King Institute of Preventive Medicine Micro-Biological Section reports 1912-19
Year: 1912
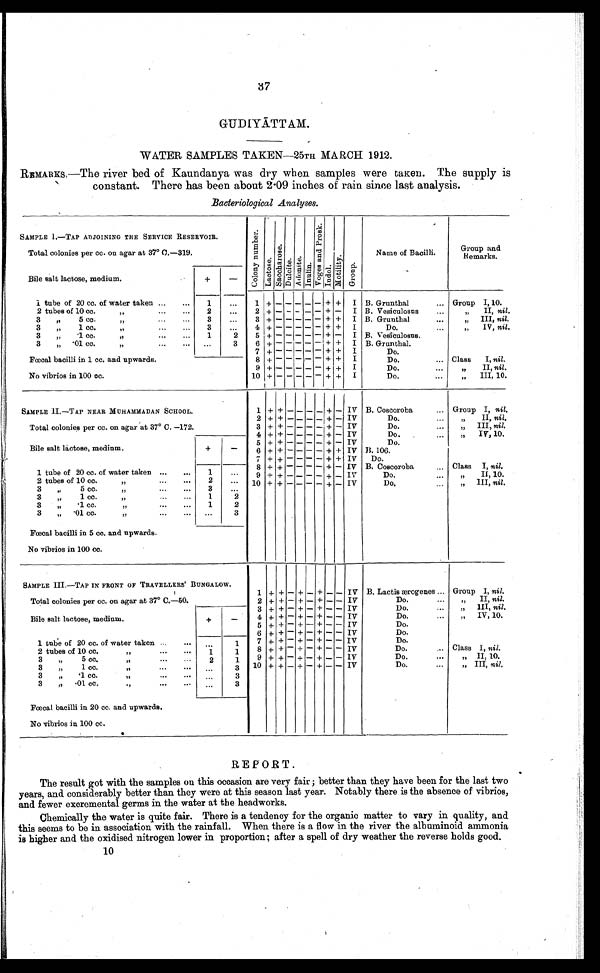
37
GUDIYĀ TTAM.
WATER SAMPLES TAKEN—25TH MARCH 1912.
REMARKS—The river bed of Kaundanya was dry when samples were taken. The supply is
constant. There has been about 2.09 inches of rain since last analysis.
Bacteriological Analyses.
SAMPLE I.—TAP ADJOINING THE SERVICE RESERVOIR.
Col ony numbe r .
La c t os e .
Sa c c ha r os e .
Dulcite.
Ad o n i t e .
Inul i ne.
V o g e s a n d P r o s k .
Indol.
Motility.
Group.
Total colonies per cc. on agar at 37° C.—319.
Name of Bacilli.
Group and
Remarks.
Bile salt lactose, medium.
+
-
1 tube of 20 cc. of water taken ... ...
1 ...
1 + - - - - - + + I B. Grunthal
... Group I, 10.
2 tubes of 10 cc.
„
2
. . .
2 + - - - - - + - I B. Vesiculosus
. ..
„
II, nil.
...
3
,,
5 cc.
,,
...
3
...
3 + - - - + + I B. Grunthal
. . .
„ III, nil.
3
„
1 cc.
„
3
. . .
4 + - - - - - + + I
Do.
...
,, IV, nil.
3
„
'1 cc.
,,
2
5 + - - - - - + - I B. Vesiculosns.
3
„ .1 cc.
„
.
.. ...
1
3
6 + - - - - - + + I B. Grunthal.
3 " .01 cc.
7 + - - - - - + + I
Do.
Fœcal bacilli in 1 cc. and upwards.
8 + - - - - - + + I
Do.
... Class I, nil.
9 + - - - - - + + I
Do....
„
II, nil.
No vibrios in 100 cc.
10 + - - - - - + + I
Do.
...
„
III, 10.
SAMPLE II .—TAP NEAR MUHAMMADAN SCHOOL.
1 + +
-
-
-
- +
- IV B. Coscoroba
... Group I, nil.
2 + + - - - - + - IV
Do.
...
,,
II, nil.
Total colonies per cc. on agar at 37° C. —172.
3 + + - - - - + - IV
Do.
„
III,
nil.
4 + + - - - - + - IV
Do.
. . .
,, IV, 10.
5 + + - - - - + - IV
Do.
Bile salt lactose, medium.
+
-
6 + + - - - - + + IV B. 106.
7 + + - - - - + + IV Do.
8 + + - - - - + - IV B. Coscoroba
... Class I, nil.
1 tube of 20 cc. of water taken ...
...
1
...
9 + + - - - - + - IV
Do.
.. .
, ,
II, 10.
2 tubes of 10 cc,
...
...
„
2
. . . 10 + + - - - - + - IV
Do.
„
III,
nil.
3
„
5 cc.
„
.
..
3
„
1
cc....
...
,,
1
2
3
„
.1 cc.
„
2
3
„ .01 c.c.
„
...
...
. . .
3
Fœcal bacilli in 5 cc. and upwards.
No vibrios in 100 cc.
SAMPLE III.—TAP IN FRONT OF TRAVELLERS' BUNGALOW.
1 + +
- +
- +
-
- IV B. Lactis ærogenes ... Group I, nil.
Total colonies per cc. on agar at 37° C.—50.
2 + + - + - + - - IV
Do.
...
,, II, nil.
3 + + - + - + - - IV
Do.
....
,, III, nil.
Bile salt lactose, medium.
+
-
4 + + - + - + - - IV
Do.
IV, 10.
5 + + - + - + - - IV
Do.
6 + + - + - + - - IV
Do.
1 tube of 20 cc, of water taken ...
...
1
7 + + - + - + - - IV
Do.
2 tubes of 10 cc.
,,
...
...
...
1
1
8 + + - + - + - - IV
Do.
... Class I, nil.
3
,,
5 cc.
,,
...
...
2
1
9 + + - + - + - - IV
Do.
...
„ II, 10.
3
,,
1 cc.
,,
... ... ..,
3 10 + + - + - + - - IV
Do.
...
„
III, nil.
3
„
. 1 c c .
,,
...
...
...
3
3
,, .01 cc. ., ... ...
...
3
Fœcal bacilli in 20 cc. and upwards.
No vibrios in 100 cc.
REPORT.
The result got with the samples on this occasion are very fair ; better than they have been for the last two
years, and considerably better than they were at this season last year. Notably there is the absence of vibrios,
and fewer excremental germs in the water at the headworks.
Chemically the water is quite fair. There is a tendency for the organic matter to vary in quality, and
this seems to be in association with the rainfall. When there is a flow in the river the albuminoid ammonia
is higher and the oxidised nitrogen lower in proportion; after a spell of dry weather the reverse holds good.
10